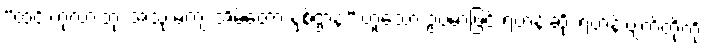
“ထင်းကုလားတုံး အသုံးမကျ အိမ်တော နှစ်ဌာန” ဟူသော ဥပမာဖြင့် ရဟန်းဆိုး ရဟန်းပျက်တို့ကို